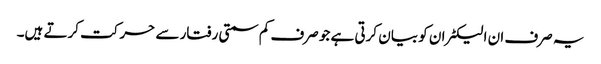
یہ صرف ان الیکٹران کو بیان کرتی ہے جو صرف کم سمتی رفتار سے حرکت کرتے ہیں۔